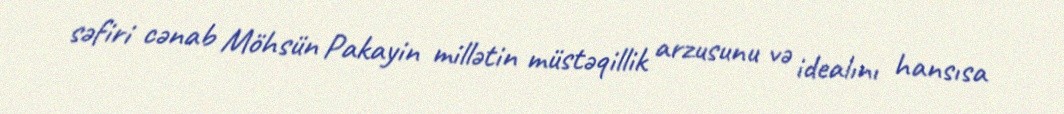
səfiri cənab Möhsün Pakayin millətin müstəqillik arzusunu və idealını hansısa